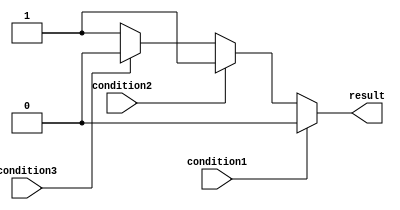
module priority_case_statement(
    input wire condition1,
    input wire condition2,
    input wire condition3,
    output reg result
);
  
  always @* begin
    case(1'b1)
      condition1: begin
        // Block of code to be executed if condition1 is true
        result <= 1'b0; // Example assignment
      end
      condition2: begin
        // Block of code to be executed if condition2 is true
        result <= 1'b1; // Example assignment
      end
      condition3: begin
        // Block of code to be executed if condition3 is true
        result <= 1'b0; // Example assignment
      end
      default: begin
        // Default block of code to be executed if none of the conditions are true
        result <= 1'b1; // Example assignment
      end
    endcase
  end
  
endmodule